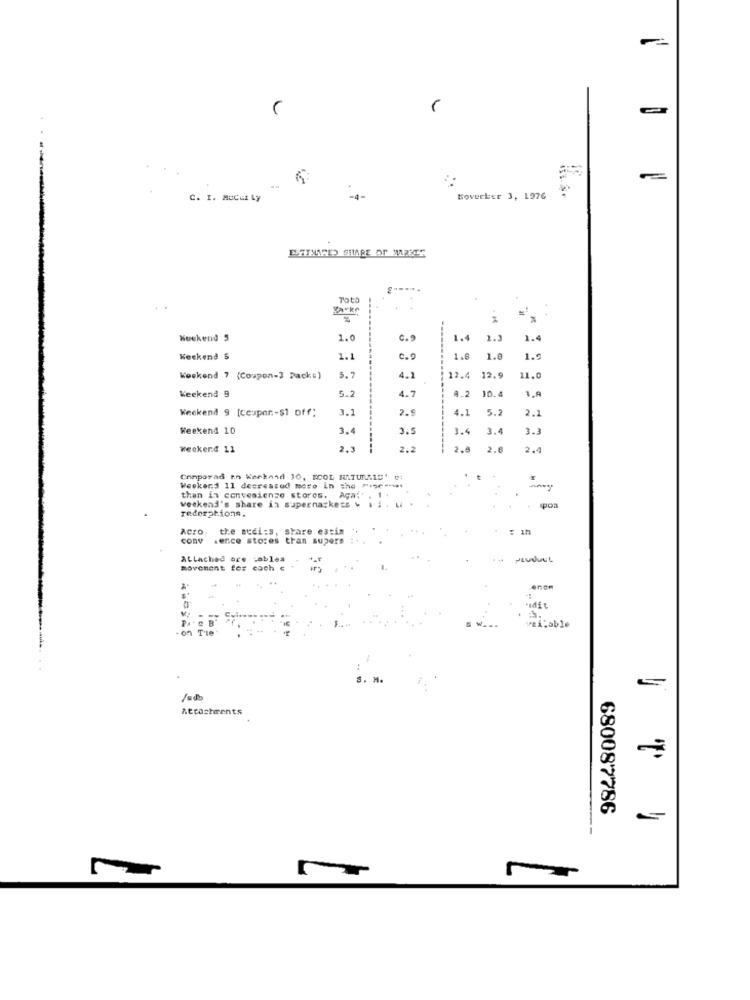
=
C. I. MUCGL Ly
-4-
Boverker 3, 1976
Toto
Weekend 5
1.0
0.9
1.4
1.2
1.4
Weekend 5
1.1
1.8
1.8
1.2
Weekend 7 (Coupon-3 Pack:)
5.7
4.1
12.4
12.9
11,0
5.2
A.2
10.4
1.A
Weekend 9
4.7
Weekend 9 [cespar .- $1 off;
3.1
2.9
4.1
5.2
2.1
Weekend 10
3.4
3.5
1.4 3.4
3.3
Weekend 11
2.3
2.2
2.8
2.6
2.4
Conporad en Weekend 10, ECOL NATURAIS' 0;
Weekend 11 decreased moro In the mine ...
-
weekend's share in supernazkess & . . . Li
than in convenienze stores. Aga:' . 1
rederations.
spoa
Acro. the audi:s, share eatin
CONV
.ence stores tran supers : +
ALLached are cables
movement for each €
vai:able
Attachments
680087786